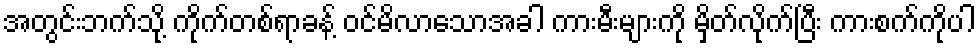
အတွင်းဘက်သို့ ကိုက်တစ်ရာခန့် ဝင်မိလာသောအခါ ကားမီးများကို မှိတ်လိုက်ပြီး ကားစက်ကိုပါ